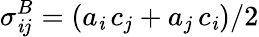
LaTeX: \sigma_{\mathit{i}j}^{B}=(a_{\mathit{i}}\, c_{j}+a_{j}\, c_{\mathit{i}})/2